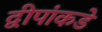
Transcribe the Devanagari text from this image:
द्वीपांकडे